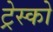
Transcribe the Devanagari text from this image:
ट्रेस्को